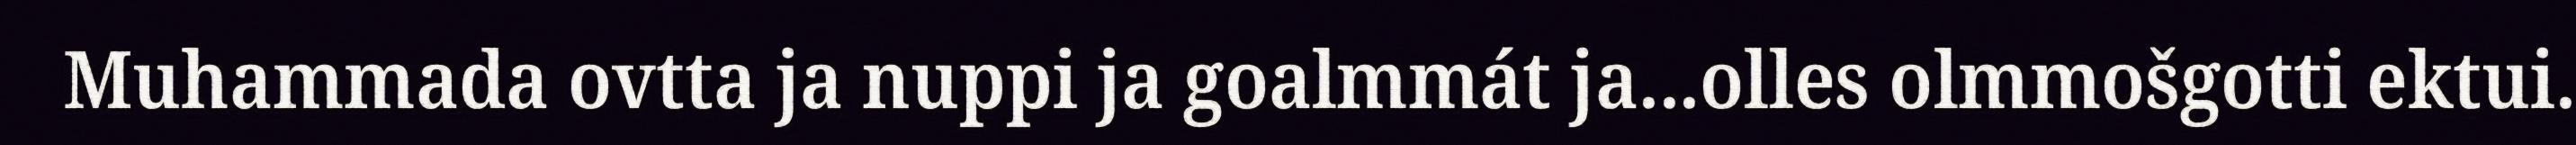
Muhammada ovtta ja nuppi ja goalmmát ja...olles olmmošgotti ektui.